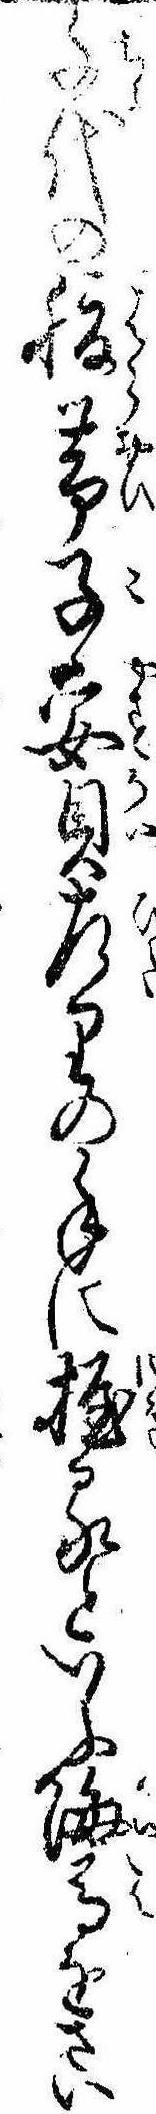
千代の腹帯子安貝左りの手に握るといふ海馬をさい